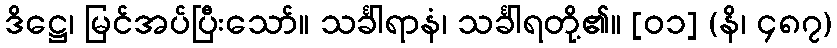
ဒိဋ္ဌေ၊ မြင်အပ်ပြီးသော်။ သင်္ခါရာနံ၊ သင်္ခါရတို့၏။ [၀၁] (နိ၊ ၄၈၇)